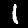
Label: 1